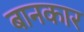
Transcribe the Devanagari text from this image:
बानकार